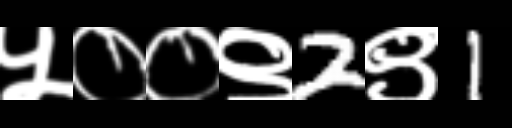
Text: ५००९2९1